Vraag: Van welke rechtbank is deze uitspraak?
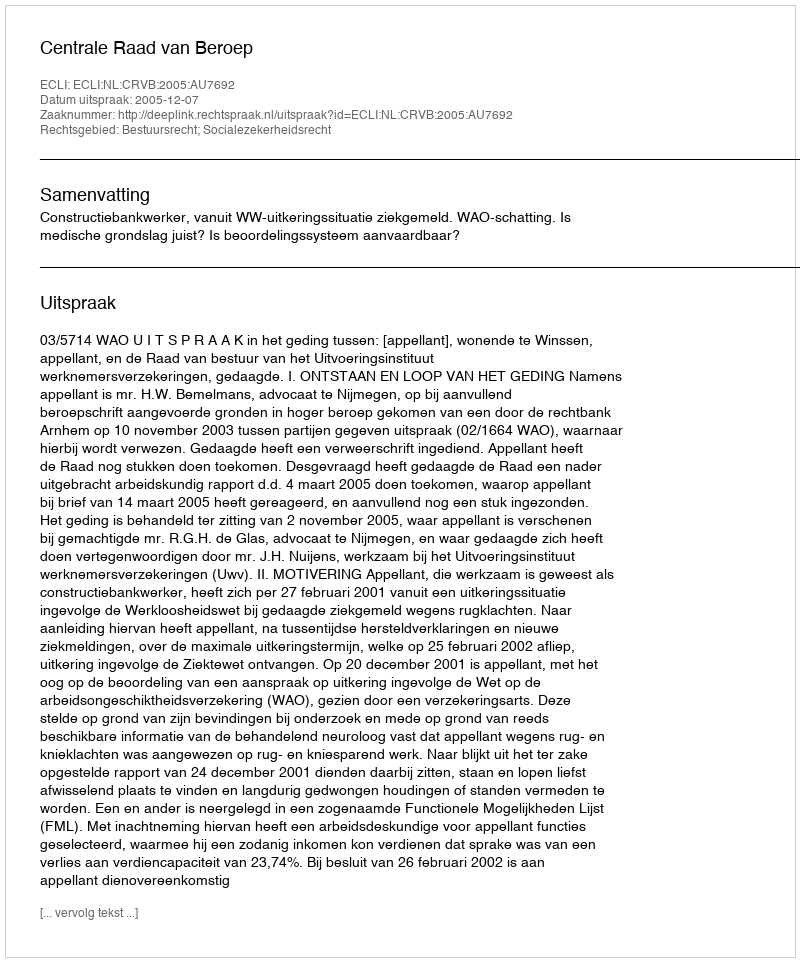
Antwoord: Centrale Raad van Beroep